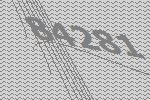
84281